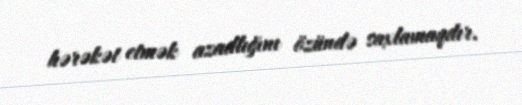
hərəkət etmək azadlığını özündə saxlamaqdır.